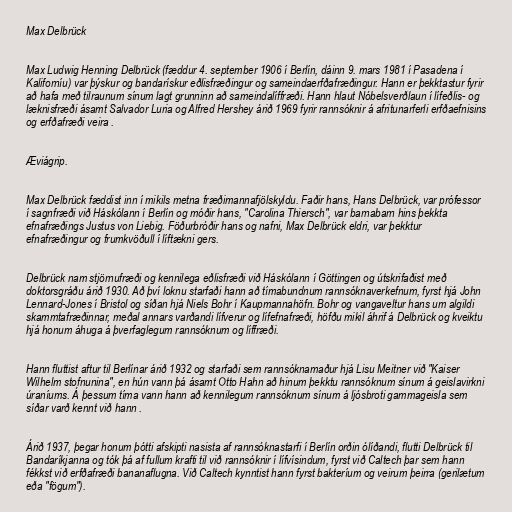
Max Delbrück

Max Ludwig Henning Delbrück (fæddur 4. september 1906 í Berlín, dáinn 9. mars 1981 í Pasadena í
Kaliforníu) var þýskur og bandarískur eðlisfræðingur og sameindaerfðafræðingur. Hann er þekktastur fyrir
að hafa með tilraunum sínum lagt grunninn að sameindalíffræði. Hann hlaut Nóbelsverðlaun í lífeðlis- og
læknisfræði ásamt Salvador Luria og Alfred Hershey árið 1969 fyrir rannsóknir á afritunarferli erfðaefnisins
og erfðafræði veira .

Æviágrip.

Max Delbrück fæddist inn í mikils metna fræðimannafjölskyldu. Faðir hans, Hans Delbrück, var prófessor
í sagnfræði við Háskólann í Berlín og móðir hans, "Carolina Thiersch", var barnabarn hins þekkta
efnafræðings Justus von Liebig. Föðurbróðir hans og nafni, Max Delbrück eldri, var þekktur
efnafræðingur og frumkvöðull í líftækni gers.

Delbrück nam stjörnufræði og kennilega eðlisfræði við Háskólann í Göttingen og útskrifaðist með
doktorsgráðu árið 1930. Að því loknu starfaði hann að tímabundnum rannsóknaverkefnum, fyrst hjá John
Lennard-Jones í Bristol og síðan hjá Niels Bohr í Kaupmannahöfn. Bohr og vangaveltur hans um algildi
skammtafræðinnar, meðal annars varðandi lífverur og lífefnafræði, höfðu mikil áhrif á Delbrück og kveiktu
hjá honum áhuga á þverfaglegum rannsóknum og líffræði.

Hann fluttist aftur til Berlínar árið 1932 og starfaði sem rannsóknamaður hjá Lisu Meitner við "Kaiser
Wilhelm stofnunina", en hún vann þá ásamt Otto Hahn að hinum þekktu rannsóknum sínum á geislavirkni
úraníums. Á þessum tíma vann hann að kennilegum rannsóknum sínum á ljósbroti gammageisla sem
síðar varð kennt við hann .

Árið 1937, þegar honum þótti afskipti nasista af rannsóknastarfi í Berlín orðin ólíðandi, flutti Delbrück til
Bandaríkjanna og tók þá af fullum krafti til við rannsóknir í lífvísindum, fyrst við Caltech þar sem hann
fékkst við erfðafræði bananaflugna. Við Caltech kynntist hann fyrst bakteríum og veirum þeirra (gerilætum
eða "fögum").